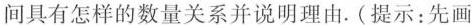
间具有怎样的数量关系并说明理由.(提示：先画